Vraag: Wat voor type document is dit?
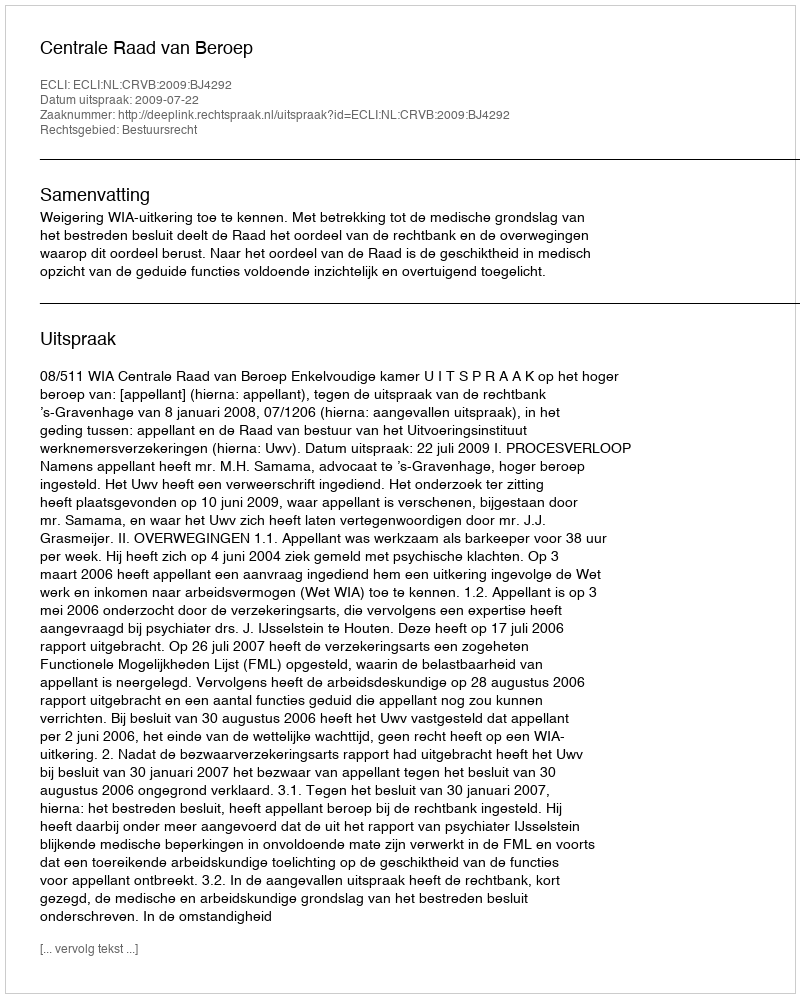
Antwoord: Uitspraak